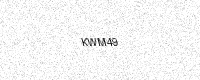
Text: KWM49